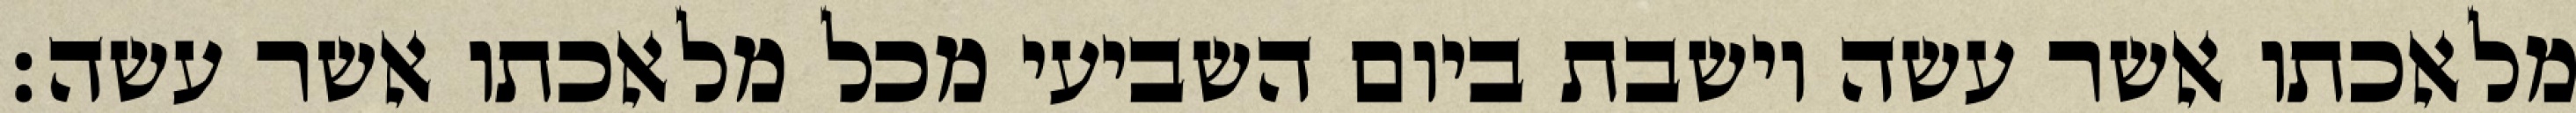
מלאכתו אשר עשה וישבת ביום השביעי מכל מלאכתו אשר עשה׃